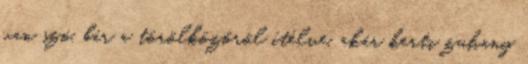
van szó, bár a törölközőről ítélve, akár kerti zuhany